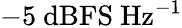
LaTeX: -5~\mathrm{dBFS~Hz^{-1}}